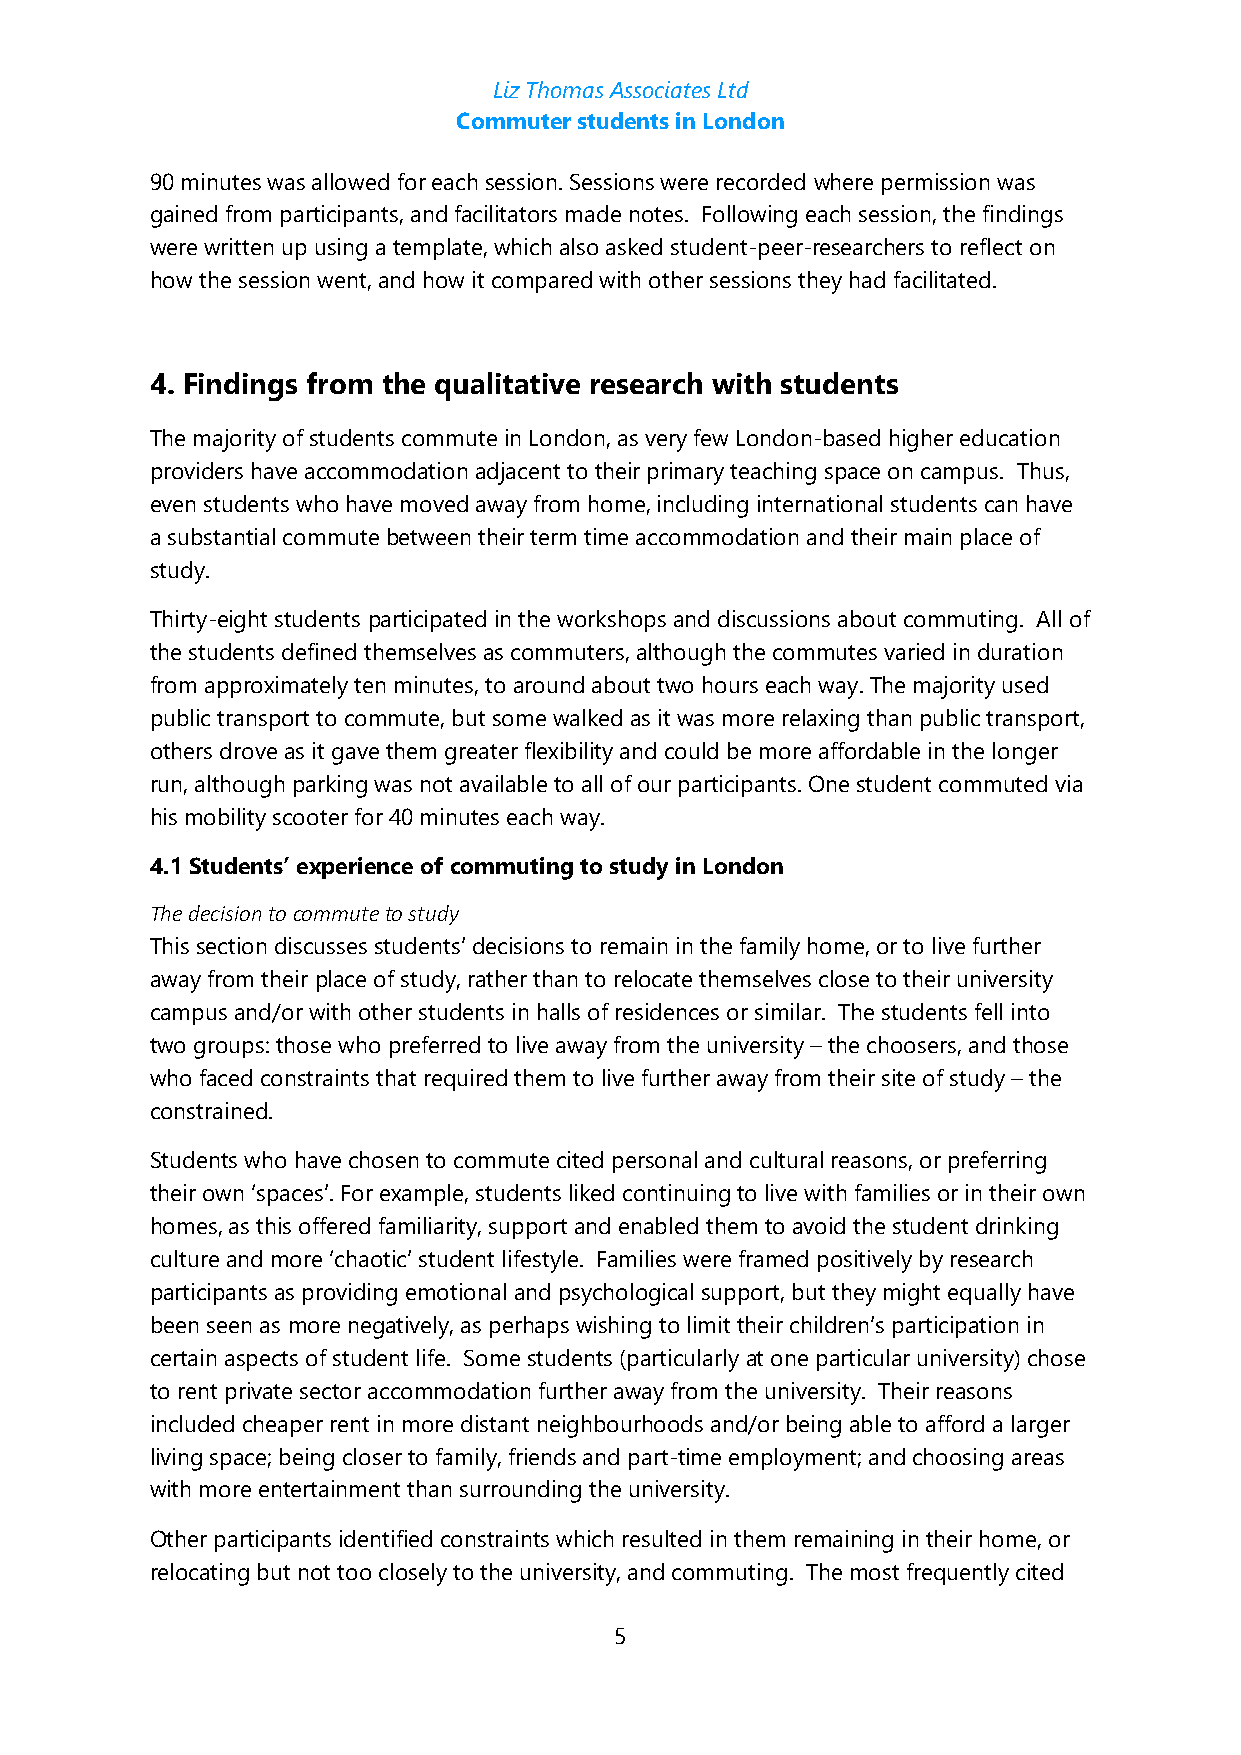
Liz Thomas Associates Ltd
 Commuter students in London
 90 minutes was allowed for each session. Sessions were recorded where permission was
 gained from participants, and facilitators made notes. Following each session, the findings
 were written up using a template, which also asked student-peer-researchers to reflect on
 how the session went, and how it compared with other sessions they had facilitated.
 4. Findings from the qualitative research with students
 The majority of students commute in London, as very few London-based higher education
 providers have accommodation adjacent to their primary teaching space on campus. Thus,
 even students who have moved away from home, including international students can have
 a substantial commute between their term time accommodation and their main place of
 study.
 Thirty-eight students participated in the workshops and discussions about commuting. All of
 the students defined themselves as commuters, although the commutes varied in duration
 from approximately ten minutes, to around about two hours each way. The majority used
 public transport to commute, but some walked as it was more relaxing than public transport,
 others drove as it gave them greater flexibility and could be more affordable in the longer
 run, although parking was not available to all of our participants. One student commuted via
 his mobility scooter for 40 minutes each way.
 4.1 Students’ experience of commuting to study in London
 The decision to commute to study
 This section discusses students’ decisions to remain in the family home, or to live further
 away from their place of study, rather than to relocate themselves close to their university
 campus and/or with other students in halls of residences or similar. The students fell into
 two groups: those who preferred to live away from the university – the choosers, and those
 who faced constraints that required them to live further away from their site of study – the
 constrained.
 Students who have chosen to commute cited personal and cultural reasons, or preferring
 their own ‘spaces’. For example, students liked continuing to live with families or in their own
 homes, as this offered familiarity, support and enabled them to avoid the student drinking
 culture and more ‘chaotic’ student lifestyle. Families were framed positively by research
 participants as providing emotional and psychological support, but they might equally have
 been seen as more negatively, as perhaps wishing to limit their children’s participation in
 certain aspects of student life. Some students (particularly at one particular university) chose
 to rent private sector accommodation further away from the university. Their reasons
 included cheaper rent in more distant neighbourhoods and/or being able to afford a larger
 living space; being closer to family, friends and part-time employment; and choosing areas
 with more entertainment than surrounding the university.
 Other participants identified constraints which resulted in them remaining in their home, or
 relocating but not too closely to the university, and commuting. The most frequently cited
 5